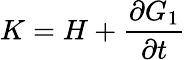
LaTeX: K=H+{\frac{\partial G_{1}}{\partial t}}